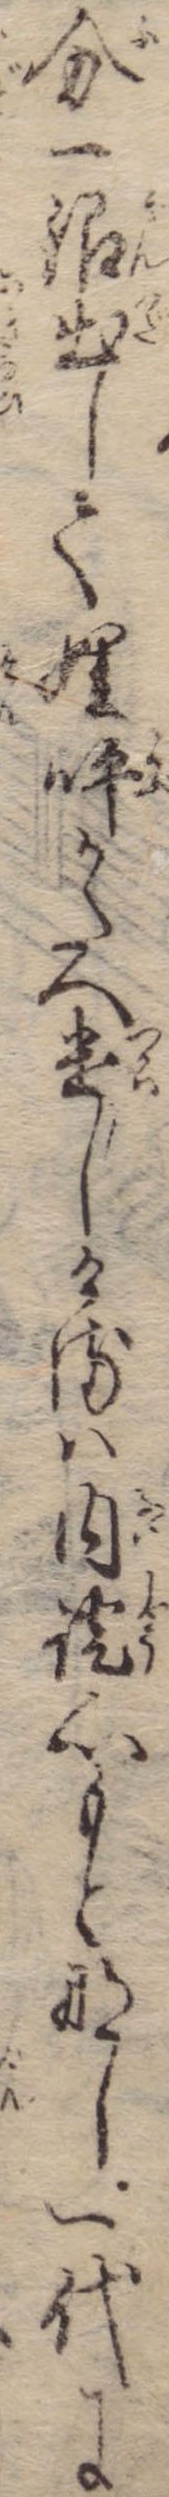
分一銀出して娌呼かたへ遣しけるは内証心もとなし一代に